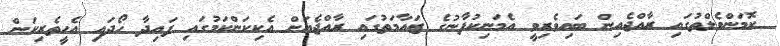
ކޮމަންވެލްތުގައި ރާއްޖެއިން ބައިވެރިވީ އެމަނިކުފާނުގެ ޒައާމަތުގައި ރާއްޖެއަށް އެކިކަންކަމުގައި ފައިދާ ހޯދައި އެހީތެރިކަން